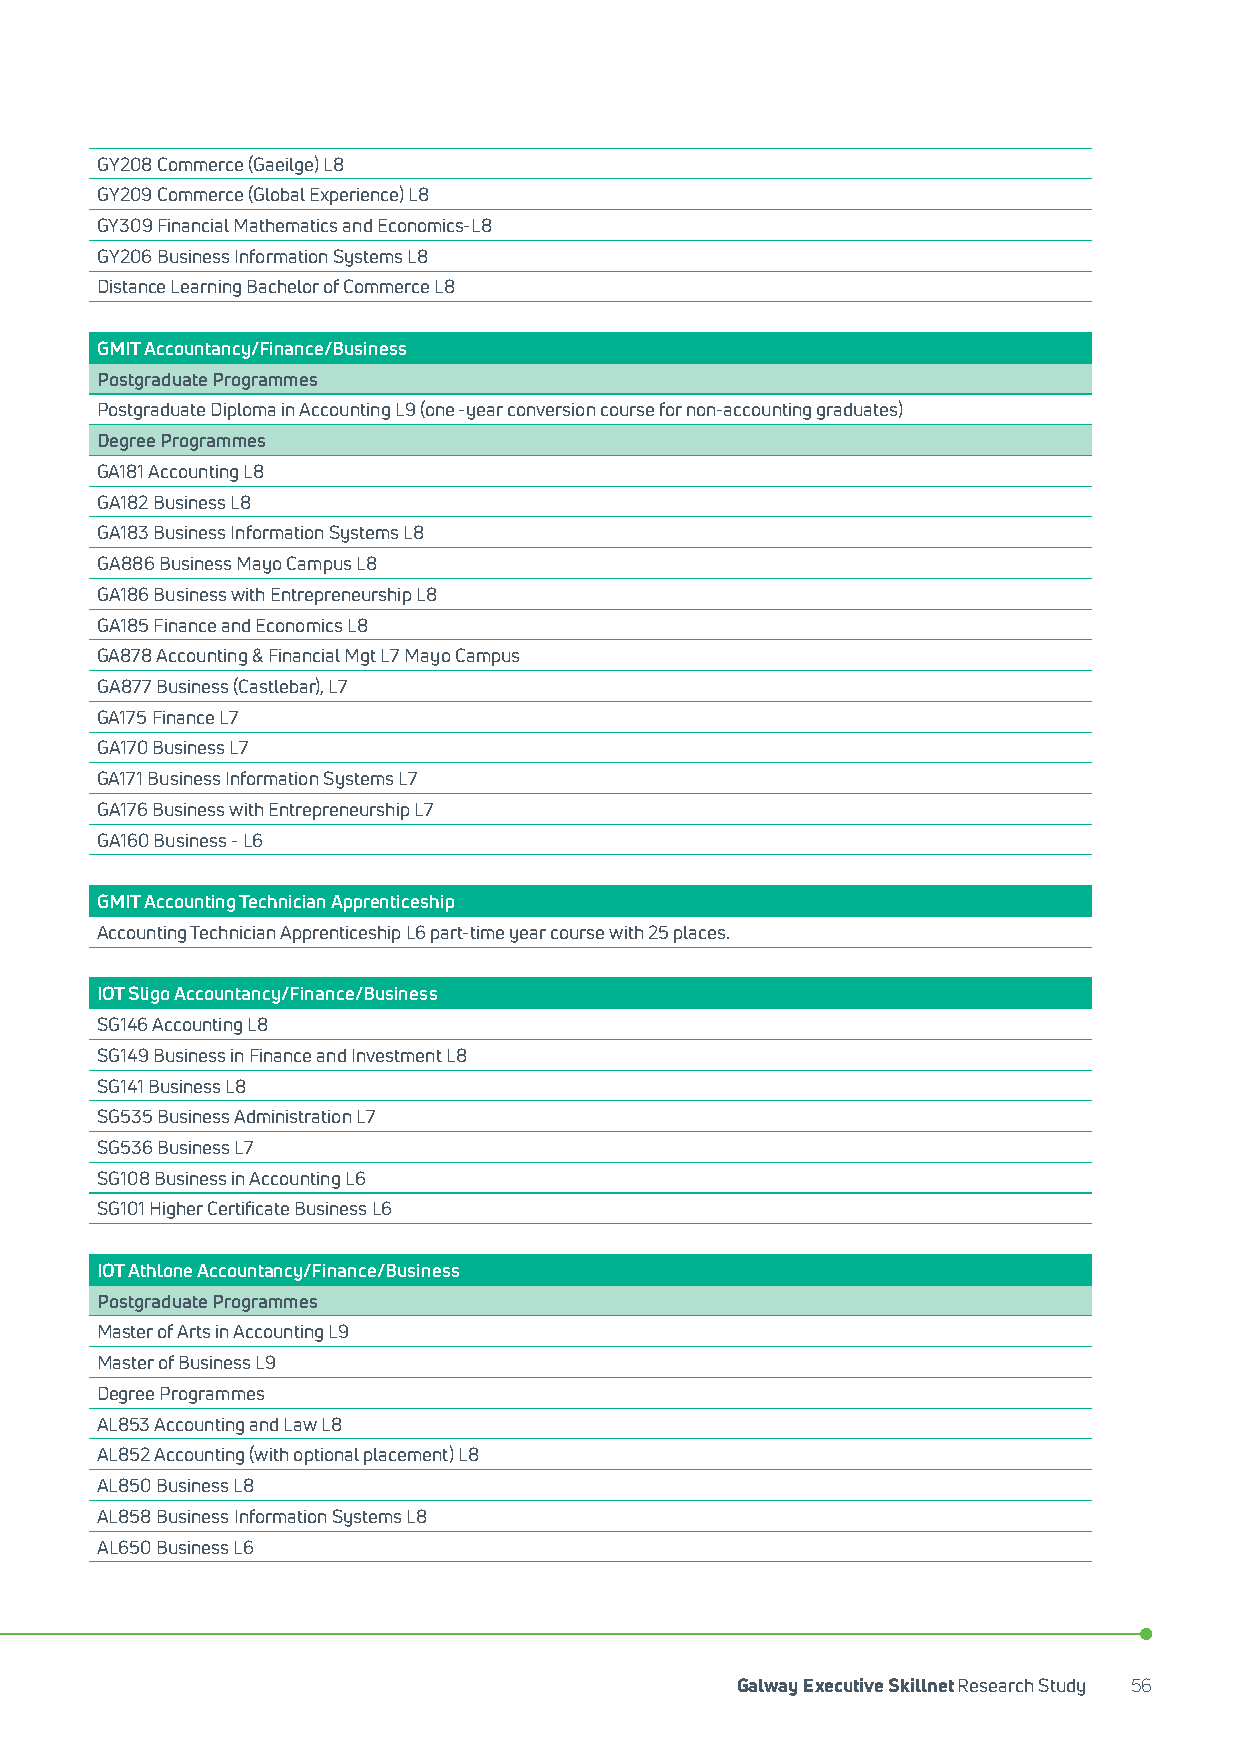
GY208 Commerce (Gaeilge) L8
 GY209 Commerce (Global Experience) L8
 GY309 Financial Mathematics and Economics-L8
 GY206 Business Information Systems L8
 Distance Learning Bachelor of Commerce L8
 GMIT Accountancy/Finance/Business
 Postgraduate Programmes
 Postgraduate Diploma in Accounting L9 (one -year conversion course for non-accounting graduates)
 Degree Programmes
 GA181 Accounting L8
 GA182 Business L8
 GA183 Business Information Systems L8
 GA886 Business Mayo Campus L8
 GA186 Business with Entrepreneurship L8
 GA185 Finance and Economics L8
 GA878 Accounting & Financial Mgt L7 Mayo Campus
 GA877 Business (Castlebar), L7
 GA175 Finance L7
 GA170 Business L7
 GA171 Business Information Systems L7
 GA176 Business with Entrepreneurship L7
 GA160 Business - L6
 GMIT Accounting Technician Apprenticeship
 Accounting Technician Apprenticeship L6 part-time year course with 25 places.
 IOT Sligo Accountancy/Finance/Business
 SG146 Accounting L8
 SG149 Business in Finance and Investment L8
 SG141 Business L8
 SG535 Business Administration L7
 SG536 Business L7
 SG108 Business in Accounting L6
 SG101 Higher Certificate Business L6
 IOT Athlone Accountancy/Finance/Business
 Postgraduate Programmes
 Master of Arts in Accounting L9
 Master of Business L9
 Degree Programmes
 AL853 Accounting and Law L8
 AL852 Accounting (with optional placement) L8
 AL850 Business L8
 AL858 Business Information Systems L8
 AL650 Business L6
 Galway Executive Skillnet Research Study 56